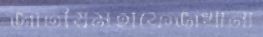
জাতীয়মহাফেজখানা